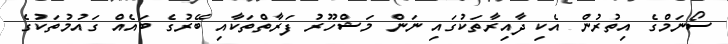
ސޯނަމްގެ އިތުރުން އެކި ދާއިރާތަކުގައި ނަން މަޝްހޫރު ފަރާތްތަކާއި ބޭރުގެ ބައެއް ގައުމުތަކުގެ